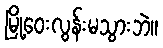
မြို့ဝေးလွန်းမသွားဘဲ။